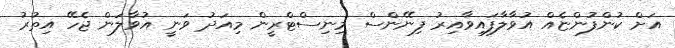
އަށް ކުންފުންޏެއް އުވާލާފައިވާއިރު ފިނޭންސް މިނިސްޓްރީން މިއަދު ވަނީ އުވާލަން ޖެހޭ އިތުރު